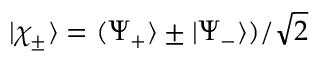
| \chi _ { \pm } \rangle = ( \Psi _ { + } \rangle \pm | \Psi _ { - } \rangle ) / \sqrt { 2 }